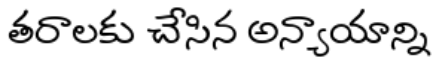
తరాలకు చేసిన అన్యాయాన్ని